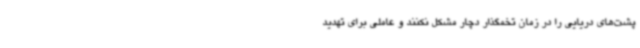
‌پشت‌های دریایی را در زمان تخمگذار دچار مشکل نکنند و عاملی برای تهدید